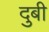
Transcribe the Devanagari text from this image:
दुबी